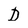
Character: D